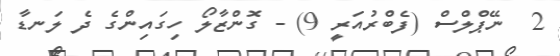
2  ނޭޕްލްސް (ފެބްރުއަރީ 9) - ގޮންޒާލޯ ހިގައިންގެ ދެ ލަނޑާ